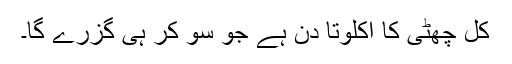
کل چھٹی کا اکلوتا دن ہے جو سو کر ہی گزرے گا۔